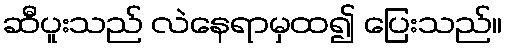
ဆီပူးသည် လဲနေရာမှထ၍ ပြေးသည်။